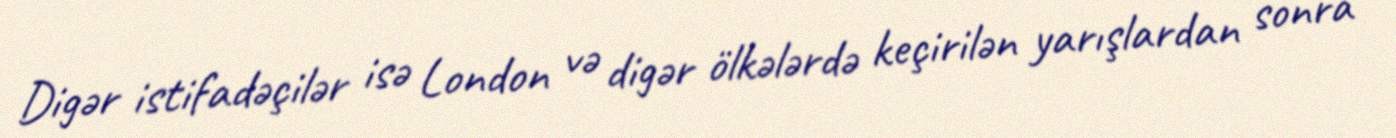
Digər istifadəçilər isə London və digər ölkələrdə keçirilən yarışlardan sonra